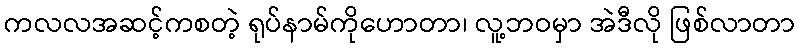
ကလလအဆင့်ကစတဲ့ ရုပ်နာမ်ကိုဟောတာ၊ လူ့ဘဝမှာ အဲဒီလို ဖြစ်လာတာ